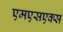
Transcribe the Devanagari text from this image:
एमएसएक्स